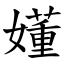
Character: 嬞